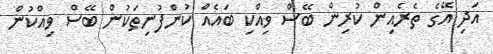
އަދި އޭގެ ތެރެއިން ކުރިން ބޭސް ވިއްކި ބައެއް ކުންފުނިތަކުން ބޭސް ވިއްކުން